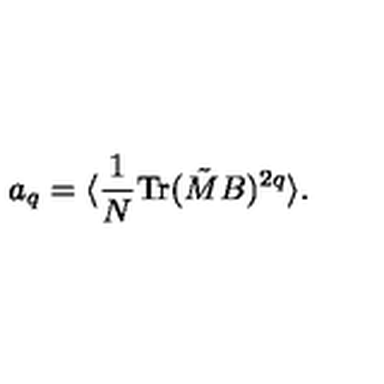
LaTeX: a _ { q } = \langle { \frac { 1 } { N } } \mathrm { T r } ( \tilde { M } B ) ^ { 2 q } \rangle .